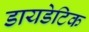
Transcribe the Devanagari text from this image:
डायडेटिक